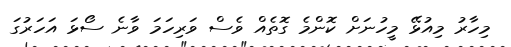
މިހާރު މިއުޅޭ މީހުނަށް ކޮންމެ ގޮތެއް ވެސް ވަރިހަމަ ވާނެ ސޯޅަ އަހަރުގަ